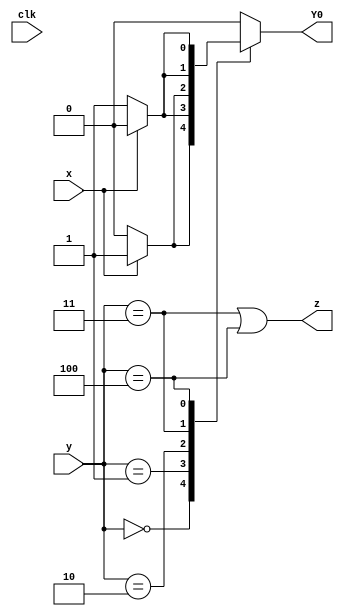
module top_module (
    input clk,
    input [2:0] y,
    input x,
    output Y0,
    output z
);
    parameter A = 3'b000,
  			  B = 3'b001,
  			  C = 3'b010,
  			  D = 3'b011,
  			  E = 3'b100;

    reg [2:0] state,next_state;

    always @(*) begin
        case(y)
            A: next_state = x ? B : A;
            B: next_state = x ? E : B;
            C: next_state = x ? B : C;
            D: next_state = x ? C : B;
            E: next_state = x ? E : D;
            default: next_state = A;
        endcase
    end

    /*
    always @(posedge clk)begin
        if (reset) state <= A;
        else state <= next_state;
    end
    */

    assign z = (y==D | y==E);
    assign Y0 = next_state[0];

endmodule